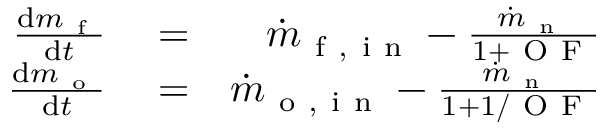
\begin{array} { r l r } { \frac { \mathrm { d } m _ { \mathrm { ~ f ~ } } } { \mathrm { d } t } } & { { } = } & { \dot { m } _ { \mathrm { ~ f ~ , ~ i ~ n ~ } } - \frac { \dot { m } _ { \mathrm { ~ n ~ } } } { 1 + \mathrm { ~ O ~ F ~ } } } \\ { \frac { \mathrm { d } m _ { \mathrm { ~ o ~ } } } { \mathrm { d } t } } & { { } = } & { \dot { m } _ { \mathrm { ~ o ~ , ~ i ~ n ~ } } - \frac { \dot { m } _ { \mathrm { ~ n ~ } } } { 1 + 1 / \mathrm { ~ O ~ F ~ } } } \end{array}